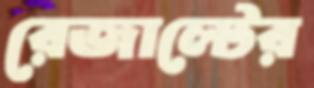
রেজাল্টের